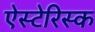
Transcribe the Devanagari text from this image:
ऐस्टेरिस्क